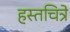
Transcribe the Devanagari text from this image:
हस्तचित्रे